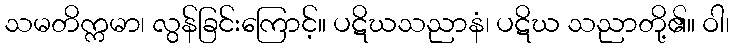
သမတိက္ကမာ၊ လွန်ခြင်းကြောင့်။ ပဋိဃသညာနံ၊ ပဋိဃ သညာတို့၏။ ဝါ၊